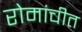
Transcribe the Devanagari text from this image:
रोमांचीत